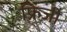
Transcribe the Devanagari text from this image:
फ्रिजी